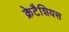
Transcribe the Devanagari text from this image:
क्रेटैशियस